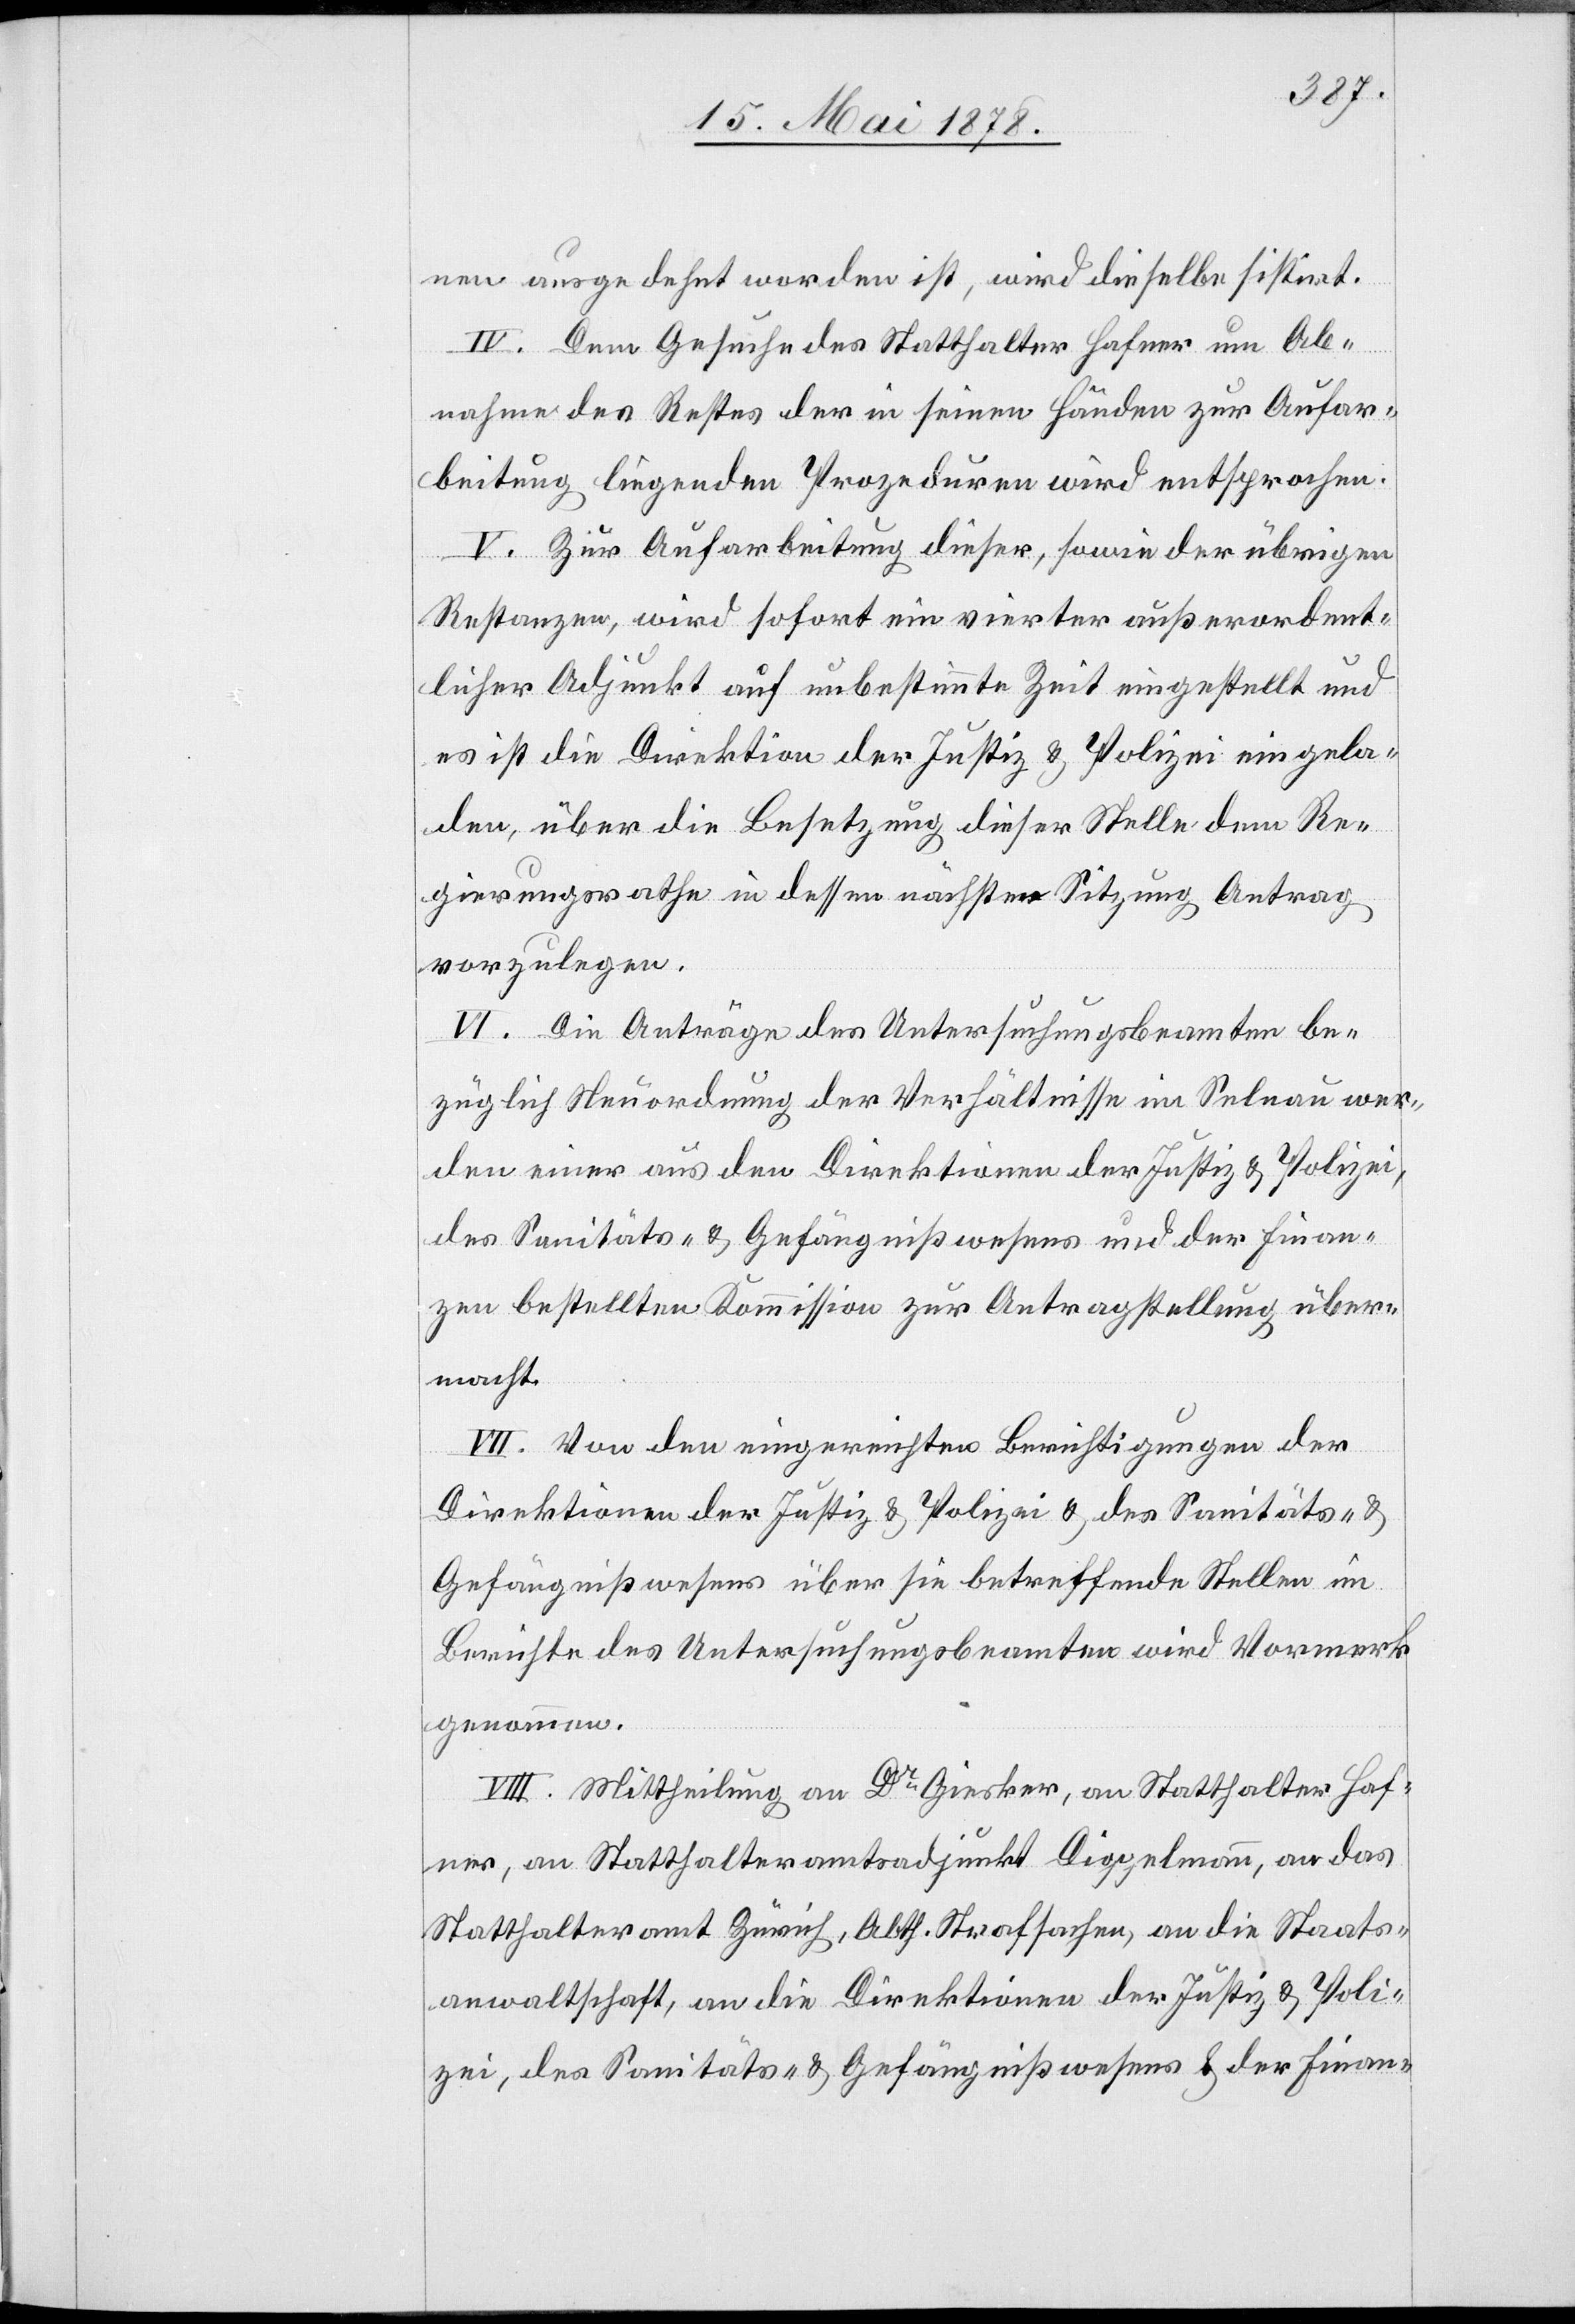
nen ausgedehnt worden ist, wird dieselbe sistirt.
IV. Dem Gesuche des Statthalter Hafner um Ab¬
nahme des Restes der in seinen Händen zur Aufar¬
beitung liegenden Prozeduren wird entsprochen.
V. Zur Aufarbeitung dieser, sowie der übrigen
Restanzen, wird sofort ein vierter außerordent¬
licher Adjunkt auf unbestimmte Zeit eingestellt und
es ist die Direktion der Justiz & Polizei eingela¬
den, über die Besetzung dieser Stelle dem Re¬
gierungsrathe in dessen nächster Sitzung Antrag
vorzulegen.
VI. Die Anträge des Untersuchungsbeamten be¬
züglich Neuordnung der Verhältnisse im Selnau wer¬
den einer aus den Direktionen der Justiz & Polizei,
des Sanitäts- & Gefängnißwesens und der Finan¬
zen bestellten Kommission zur Antragstellung über¬
macht.
VII. Von den eingereichten Berichtigungen der
Direktionen der Justiz & Polizei & des Sanitäts- &
Gefängnißwesens über sie betreffende Stellen im
Berichte des Untersuchungsbeamten wird Vormerk
genommen.
VIII. Mittheilung an Dr Giesker, an Statthalter Haf¬
ner, an Statthalteramtsadjunkt Diggelmann, an das
Statthalteramt Zürich, Abth. Strafsachen, an die Staats¬
anwaltschaft, an die Direktionen der Justiz & Poli¬
zei, des Sanitäts- & Gefängnißwesens & der Finan-